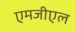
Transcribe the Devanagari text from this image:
एमजीएल